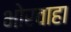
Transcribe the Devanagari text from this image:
भोरवाहा